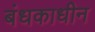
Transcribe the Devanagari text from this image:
बंधकाधीन